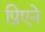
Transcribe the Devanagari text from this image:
प्रिएने